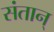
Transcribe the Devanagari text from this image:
संतान्